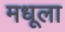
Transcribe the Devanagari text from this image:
मधूला